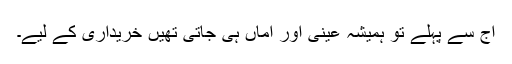
آج سے پہلے تو ہمیشہ عینی اور اماں ہی جاتی تھیں خریداری کے لیے۔